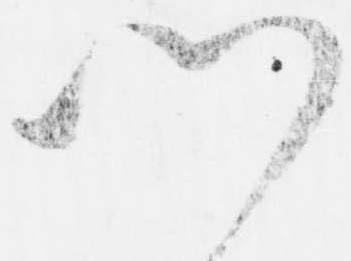
門